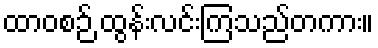
ထာဝစဉ် ထွန်းလင်းကြသည်တကား။